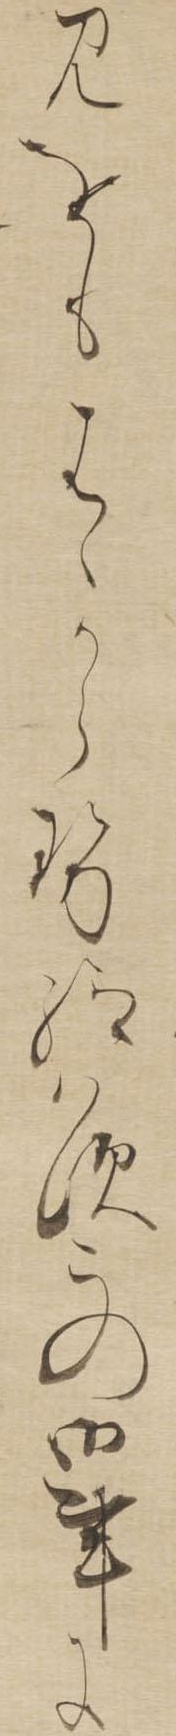
みをもはゝからせ給はすこの御事に